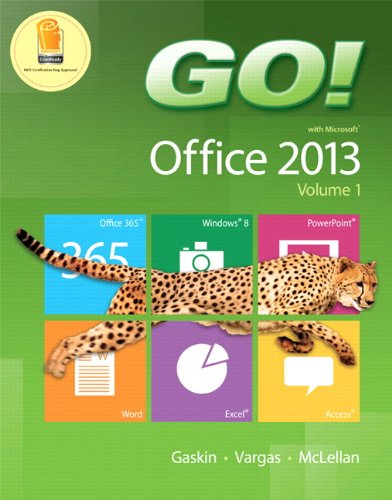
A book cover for GO! with Office 2013 Volume 1; Shelley Gaskin; Computers & Technology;